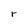
Character: r